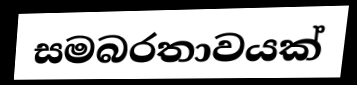
සමබරතාවයක්